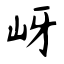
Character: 岈